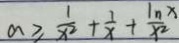
a \geq \frac { 1 } { x ^ { 2 } } + \frac { 1 } { x } + \frac { 1 n x } { x ^ { 2 } }